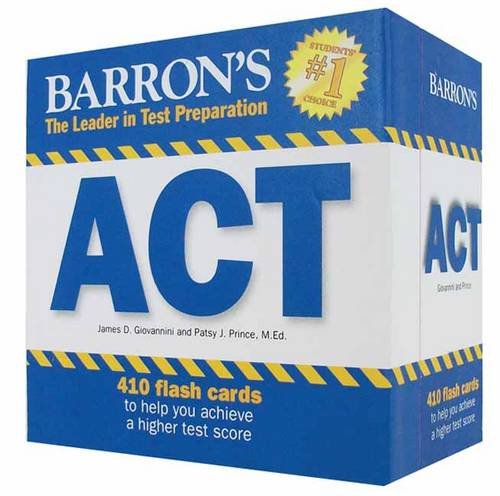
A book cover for Barron's ACT Flash Cards; James D. Giovannini; Test Preparation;